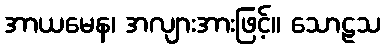
အာယမေန၊ အလျားအားဖြင့်။ သောဠသ